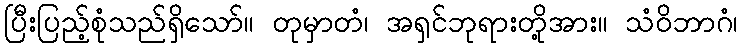
ပြီးပြည့်စုံသည်ရှိသော်။ တုမှာတံ၊ အရှင်ဘုရားတို့အား။ သံဝိဘာဂံ၊